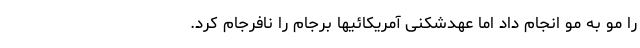
را مو به مو انجام داد اما عهدشکنی آمریکائیها برجام را نافرجام کرد.